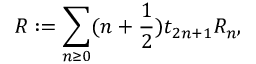
{ \cal R } : = \sum _ { n \geq 0 } ( n + \frac { 1 } { 2 } ) t _ { 2 n + 1 } R _ { n } ,